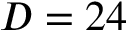
D = 2 4